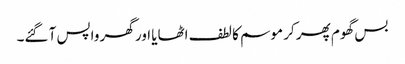
بس گھوم پھر کر موسم کا لطف اٹھایا اور گھر واپس آ گئے۔